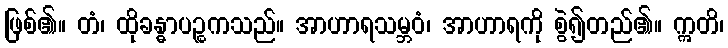
ဖြစ်၏။ တံ၊ ထိုခန္ဓာပဉ္စကသည်။ အာဟာရသမ္ဘဝံ၊ အာဟာရကို စွဲ၍တည်၏။ ဣတိ၊